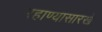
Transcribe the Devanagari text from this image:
रहाण्यासारखे